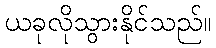
ယခုလိုသွားနိုင်သည်။